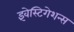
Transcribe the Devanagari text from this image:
इंवेस्टिगेशन्स